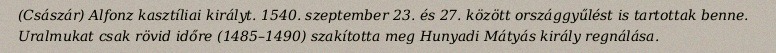
(Császár) Alfonz kasztíliai királyt. 1540. szeptember 23. és 27. között országgyűlést is tartottak benne. Uralmukat csak rövid időre (1485–1490) szakította meg Hunyadi Mátyás király regnálása.